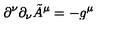
\partial ^ { \nu } \partial _ { \nu } \tilde { A } ^ { \mu } = - g ^ { \mu }